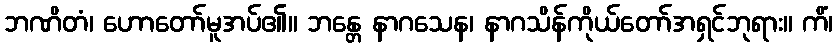
ဘဏိတံ၊ ဟောတော်မူအပ်၏။ ဘန္တေ နာဂသေန၊ နာဂသိန်ကိုယ်တော်အရှင်ဘုရား။ ကိံ၊